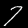
Label: 7